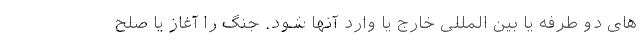
های دو طرفه یا بین المللی خارج یا وارد آنها شود. جنگ را آغاز یا صلح